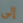
إلى